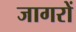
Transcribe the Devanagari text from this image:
जागरों